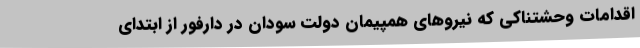
اقدامات وحشتناکی که نیروهای همپیمان دولت سودان در دارفور از ابتدای